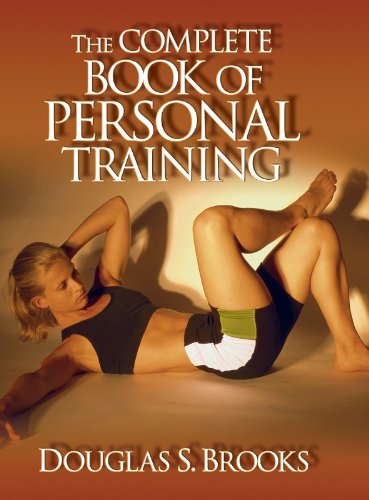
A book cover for The Complete Book of Personal Training; Douglas Brooks; Business & Money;